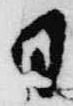
日